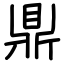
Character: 鼎